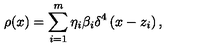
\rho ( x ) = \sum _ { i = 1 } ^ { m } \eta _ { i } \beta _ { i } \delta ^ { 4 } \left( x - z _ { i } \right) ,